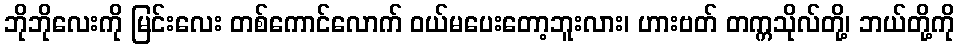
ဘိုဘိုလေးကို မြင်းလေး တစ်ကောင်လောက် ဝယ်မပေးတော့ဘူးလား၊ ဟားဗတ် တက္ကသိုလ်တို့၊ ဘယ်တို့ကို